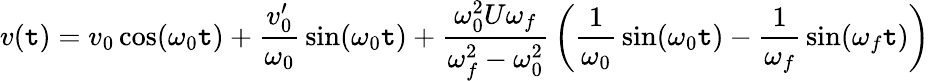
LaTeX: v(\mathtt{t})=v_{0}\cos(\omega_{0}\mathtt{t})+{\frac{{v_{0}^{\prime}}}{{\omega_{0}}}}\sin(\omega_{0}\mathtt{t})+{\frac{{\omega_{0}^{2}U\omega_{f}}}{{\omega_{f}^{2}-\omega_{0}^{2}}}}\left({\frac{{1}}{{\omega_{0}}}}\sin(\omega_{0}\mathtt{t})-{\frac{{1}}{{\omega_{f}}}}\sin(\omega_{f}\mathtt{t})\right)